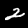
Label: 2